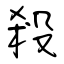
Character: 殺